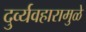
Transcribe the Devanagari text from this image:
दुर्व्यवहारामुळे